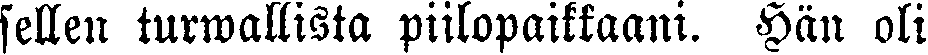
sellen turwallista piilopaikkaani. Hän oli